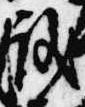
儀